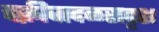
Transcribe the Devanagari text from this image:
चक्रीवादळसदृश